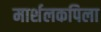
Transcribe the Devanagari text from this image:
मार्शलकपिला